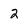
Character: 2